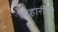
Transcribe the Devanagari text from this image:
बिहारींनी